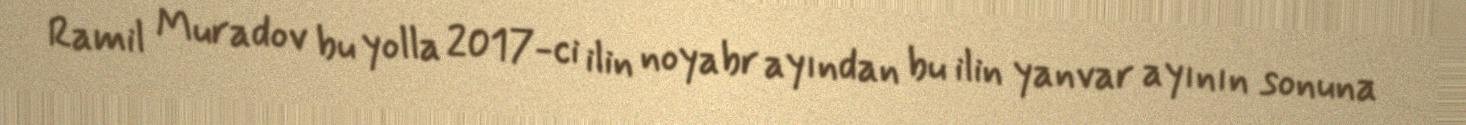
Ramil Muradov bu yolla 2017-ci ilin noyabr ayından bu ilin yanvar ayının sonuna